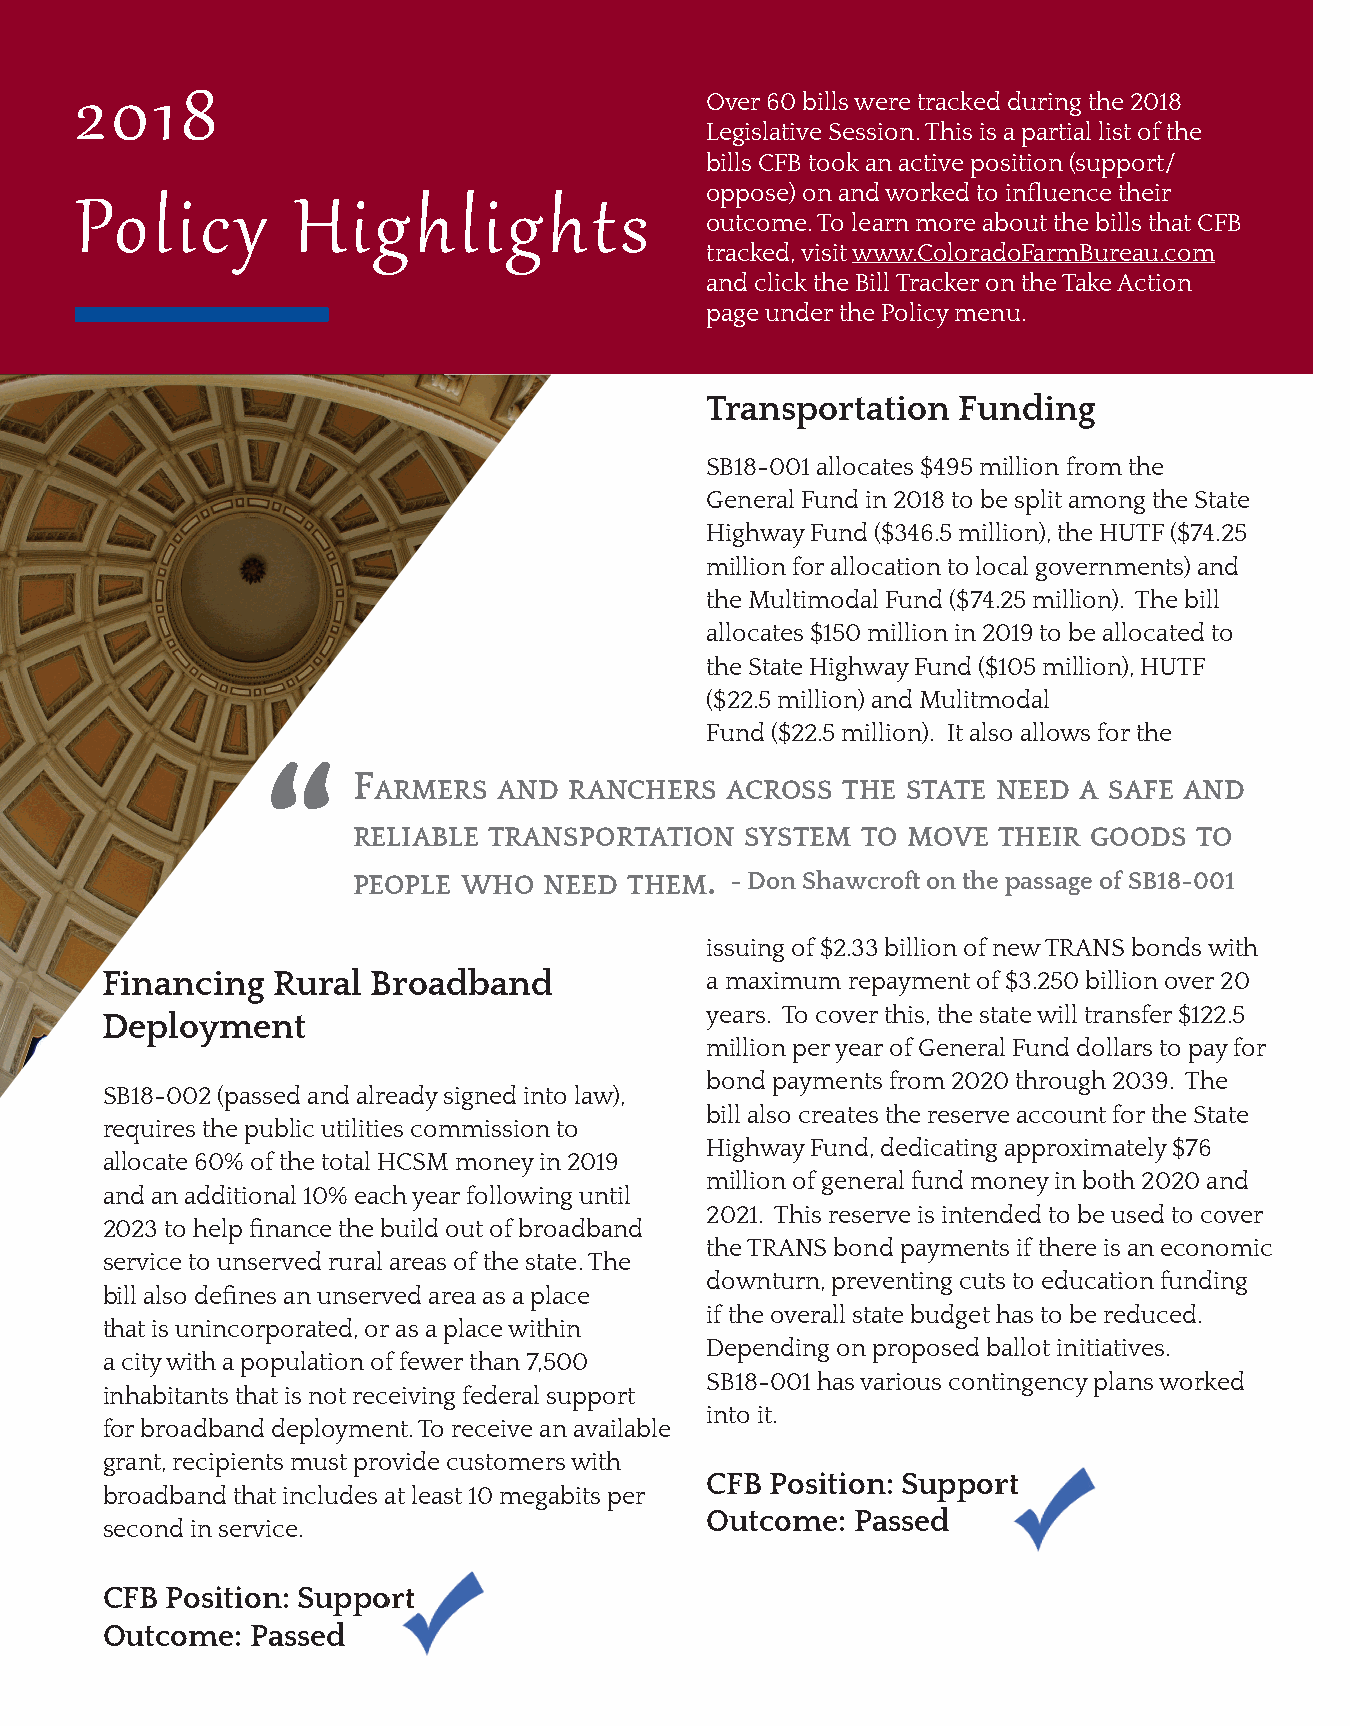
Over 60 bills were tracked during the 2018
 2018
 Legislative Session. This is a partial list of the
 bills CFB took an active position (support/
 oppose) on and worked to infl uence their
 outcome. To learn more about the bills that CFB
 Policy        Highlights
 tracked, visit www.ColoradoFarmBureau.com
 and click the Bill Tracker on the Take Action
 page under the Policy menu.
 Transportation  Funding
 SB18-001 allocates $495 million from the
 General Fund in 2018 to be split among the State
 Highway Fund ($346.5 million), the HUTF ($74.25
 million for allocation to local governments) and
 the Multimodal Fund ($74.25 million). The bill
 allocates $150 million in 2019 to be allocated to
 the State Highway Fund ($105 million), HUTF
 ($22.5 million) and Mulitmodal
 Fund ($22.5 million). It also allows for the
 “
 F
 ARMERS  AND  RANCHERS  ACROSS  THE STATE NEED A SAFE AND
 RELIABLE TRANSPORTATION   SYSTEM  TO MOVE  THEIR GOODS  TO
 .
 PEOPLE  WHO  NEED  THEM  - Don Shawcroft on the passage of SB18-001
 issuing of $2.33 billion of new TRANS bonds with
 Financing  Rural  Broadband             a maximum repayment of $3.250 billion over 20
 years. To cover this, the state will transfer $122.5
 Deployment
 million per year of General Fund dollars to pay for
 bond payments from 2020 through 2039. The
 SB18-002 (passed and already signed into law),
 bill also creates the reserve account for the State
 requires the public utilities commission to
 Highway Fund, dedicating approximately $76
 allocate 60% of the total HCSM money in 2019
 million of general fund money in both 2020 and
 and an additional 10% each year following until
 2021. This reserve is intended to be used to cover
 2023 to help fi nance the build out of broadband
 the TRANS bond payments if there is an economic
 service to unserved rural areas of the state. The
 downturn, preventing cuts to education funding
 bill also defi nes an unserved area as a place
 if the overall state budget has to be reduced.
 that is unincorporated, or as a place within
 Depending on proposed ballot initiatives.
 a city with a population of fewer than 7,500
 SB18-001 has various contingency plans worked
 inhabitants that is not receiving federal support
 into it.
 for broadband deployment. To receive an available
 grant, recipients must provide customers with
 CCFFBB PPoossiittiioonn:: SSuuppppoorrtt
 broadband that includes at least 10 megabits per
 Outcome:  Passed
 second in service.
 CCFFBB PPoossiittiioonn:: SSuuppppoorrtt
 Outcome:  Passed